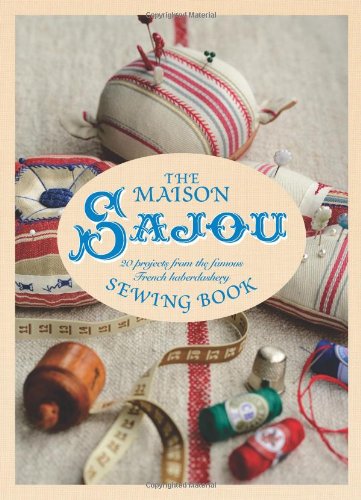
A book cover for Maison Sajou Sewing Book: 20 Projects from the famous French Haberdasher; Lucinda Ganderton; Crafts, Hobbies & Home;